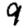
Digit: 9